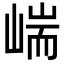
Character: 㟨